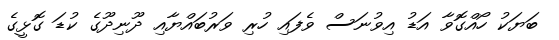
ބަޔަކު ހޯއްގޮވާ އަޑު އިވުނަސް ވެފައި ހުރި ވަރުބައްޔާއި ދޫނިދޫގެ ކުޑަ ގޮޅީގެ